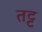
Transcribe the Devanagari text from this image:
तट्ट